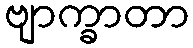
ဗျာက္ခာတာ